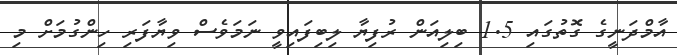
އާމްދަނީގެ ގޮތުގައި 1.5 ބިލިއަން ރުފިޔާ ލިބިފައިވީ ނަމަވެސް ވިޔާފަރި ހިންގުމަށް މި